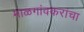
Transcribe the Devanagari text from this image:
माळगांवकरांचा